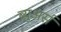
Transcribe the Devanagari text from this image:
ब्र्युअर्स